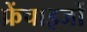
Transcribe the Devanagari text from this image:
फ्रेंचाइजों